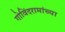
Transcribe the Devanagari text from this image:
गोविंदरामांच्या